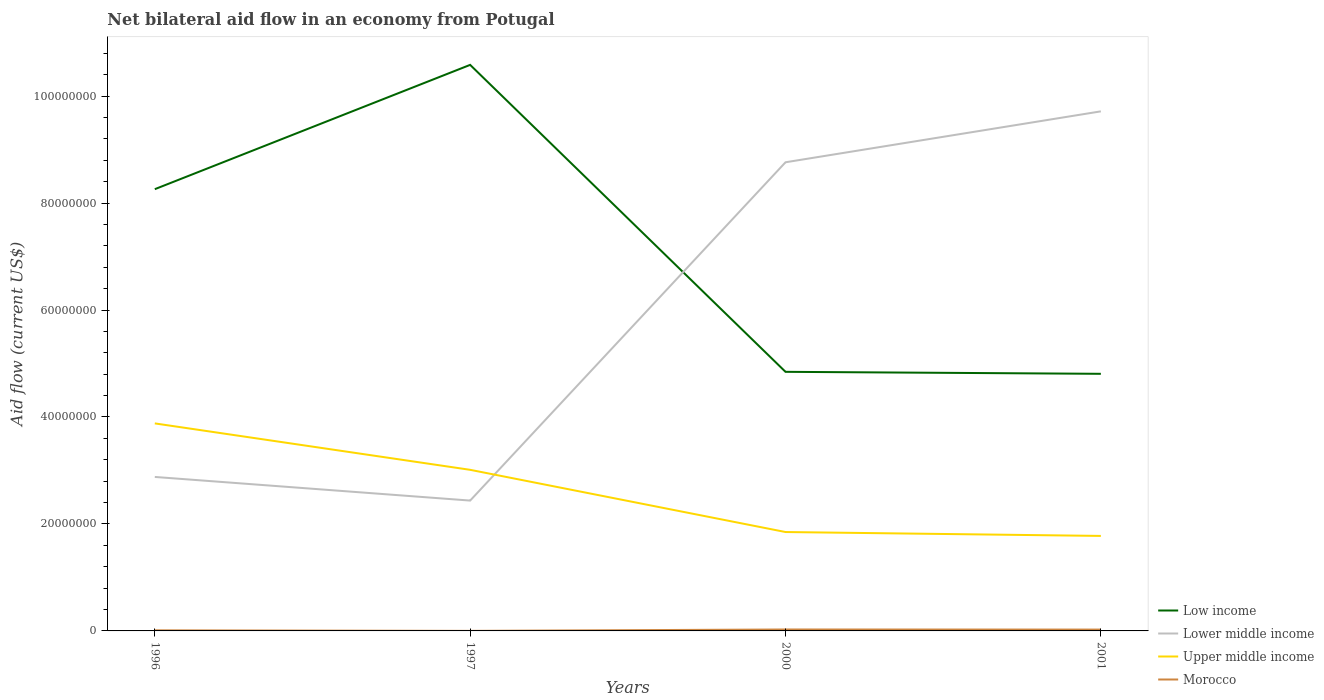
| Years | Low income | Lower middle income | Upper middle income | Morocco |
 | --- | --- | --- | --- | --- |
 | 1996 | 8.26e+07 | 2.88e+07 | 3.88e+07 | 1.1e+05 |
 | 1997 | 1.06e+08 | 2.44e+07 | 3.01e+07 | 1e+04 |
 | 2000 | 4.84e+07 | 8.76e+07 | 1.85e+07 | 2.7e+05 |
 | 2001 | 4.81e+07 | 9.71e+07 | 1.78e+07 | 2.5e+05 |